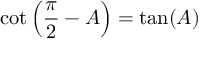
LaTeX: \cot \left( { \frac { \pi } { 2 } } - A \right) = \tan ( A )